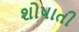
શોષાતી